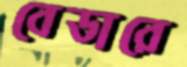
বেডারে